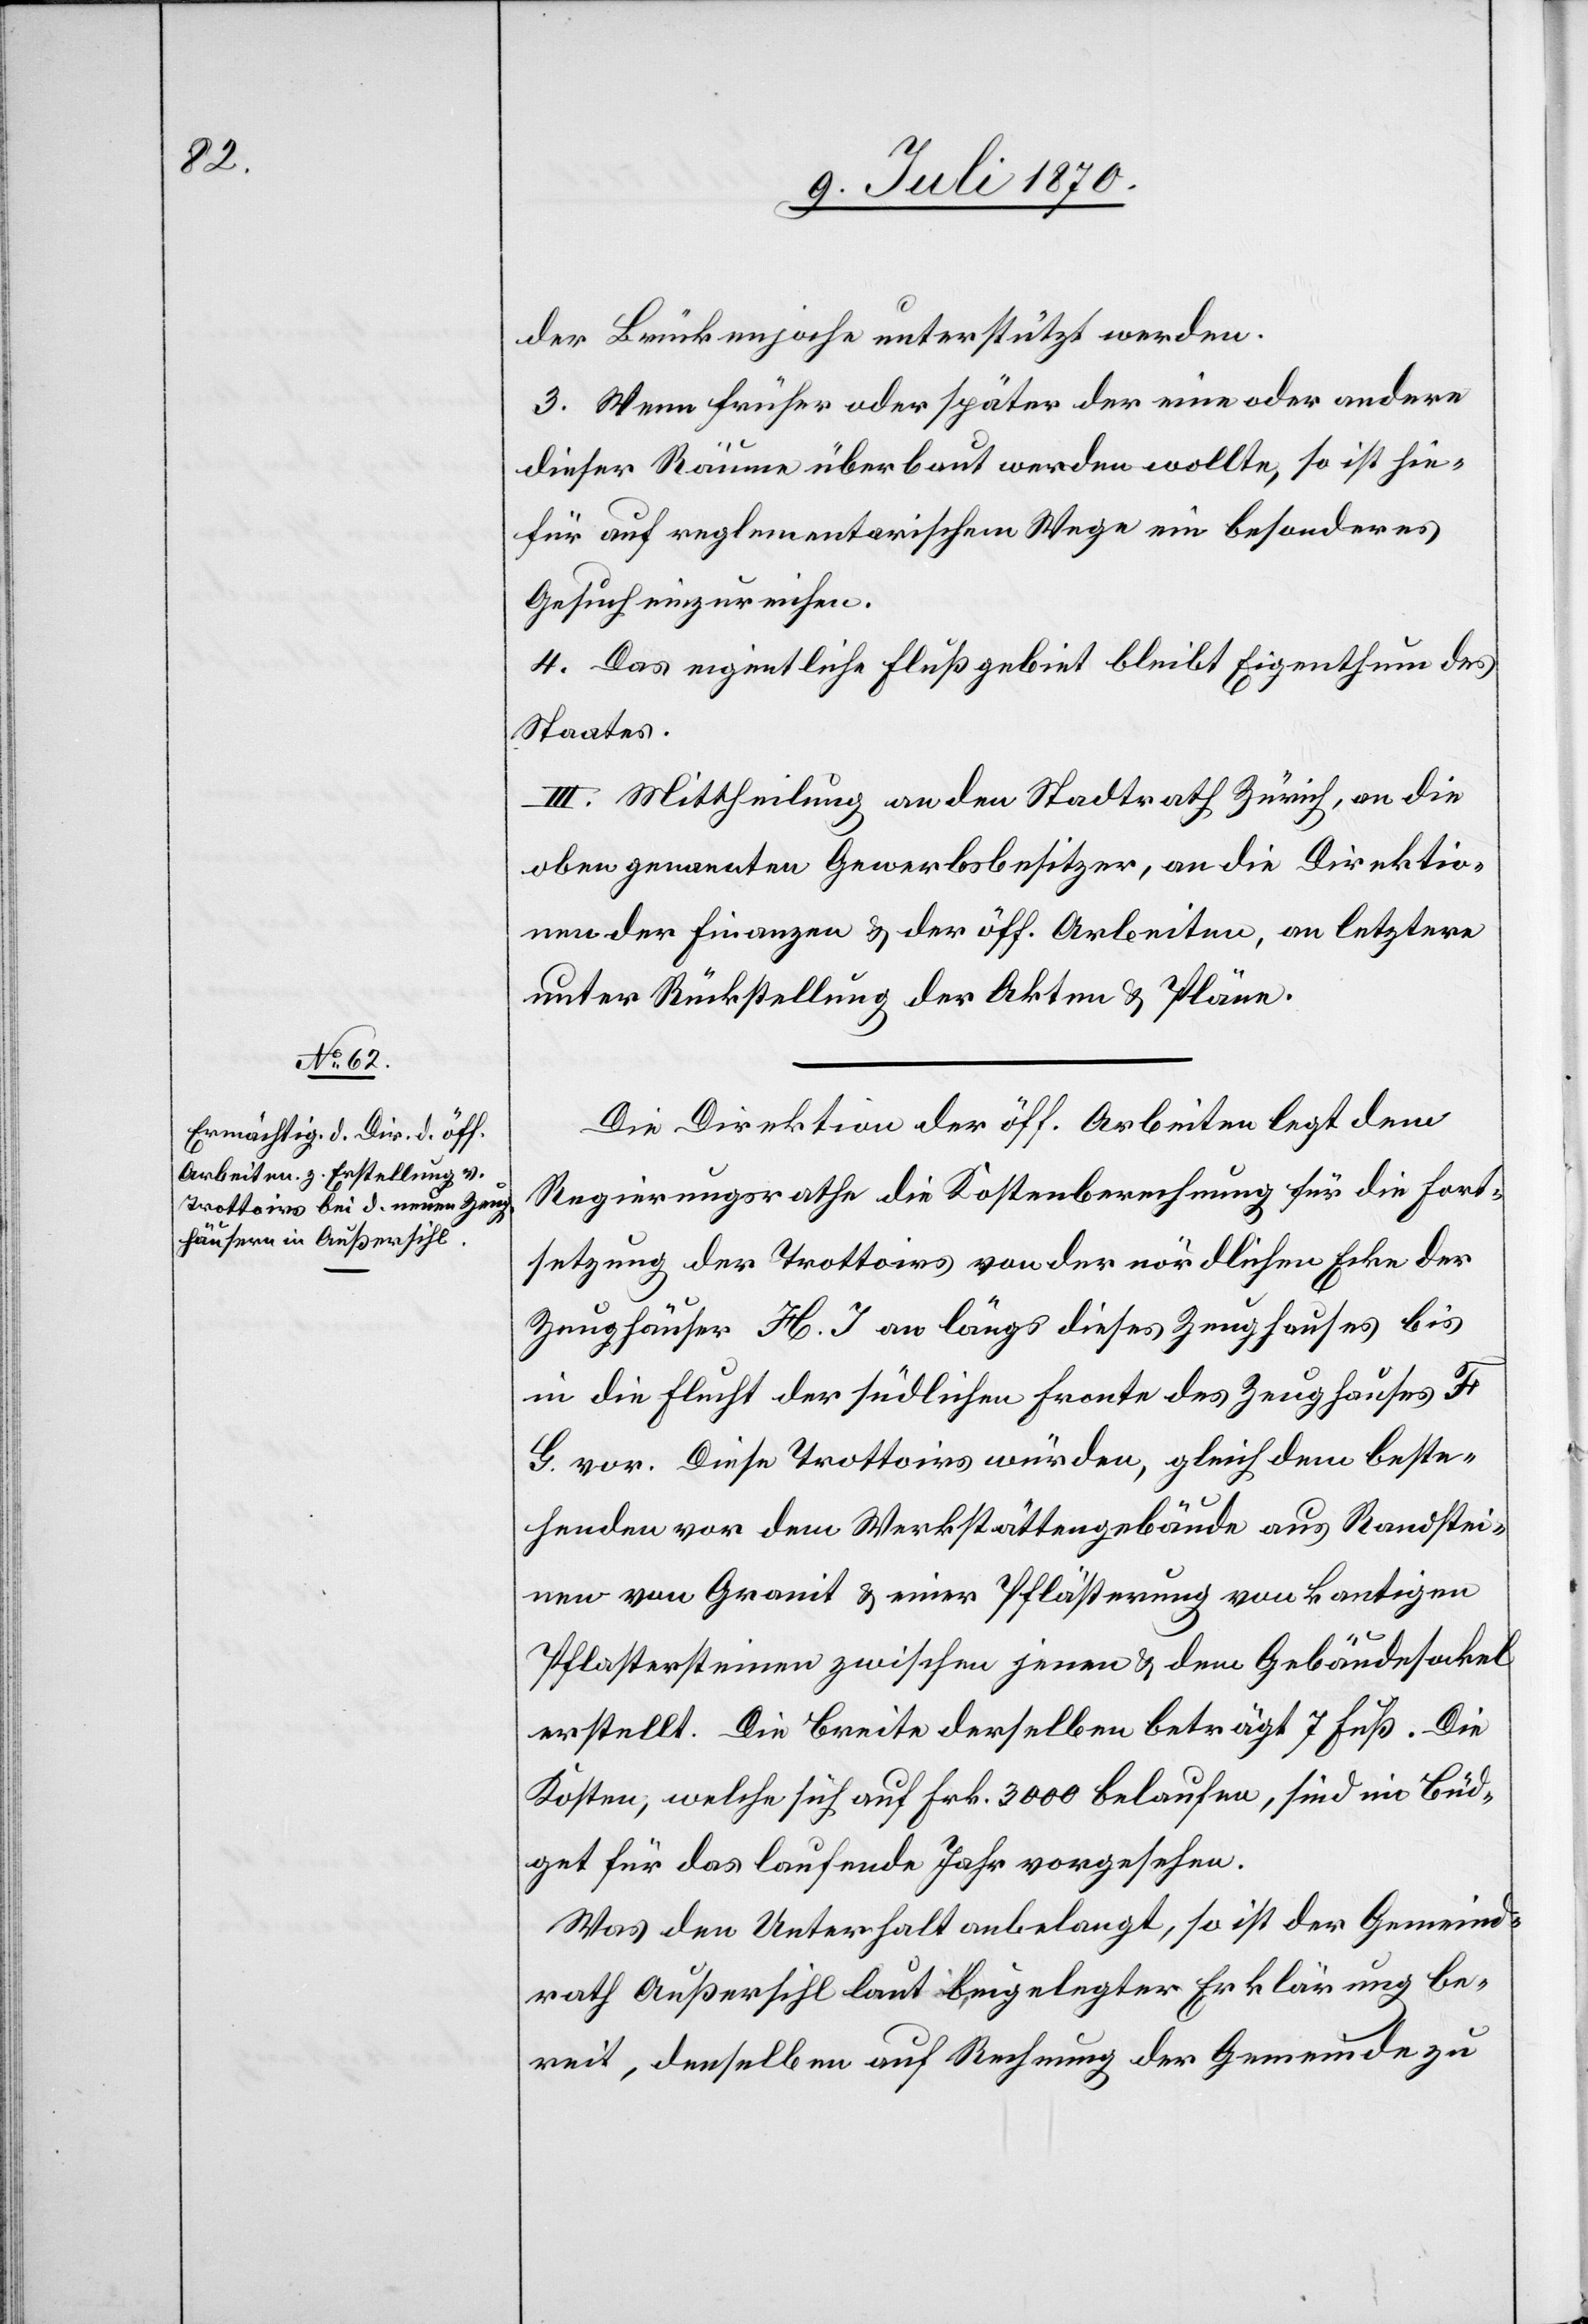
Die Direktion der öff. Arbeiten legt dem
Regierungsrathe die Kostenberechnung für die Fort¬
setzung der Trottoirs von der nördlichen Ecke der
Zeughäuser H. J. an längs dieses Zeughauses bis
in die Flucht der südlichen Fronte des Zeughauses F.
G. vor. Diese Trottoirs würden, gleich dem beste¬
henden vor dem Werkstättengebäude aus Randstei¬
nen von Granit & einer Pflästerung von kantigen
Pflastersteinen zwischen jenen & dem Gebäudesockel
erstellt. Die Breite derselben beträgt 7 Fuß. Die
Kosten, welche sich auf Frk. 3000 belaufen, sind im Büd¬
get für das laufende Jahr vorgesehen.
Was den Unterhalt anbelangt, so ist der Gemeind¬
rath Außersihl laut beigelegter Erklärung be¬
reit, denselben auf Rechnung der Gemeinde zu